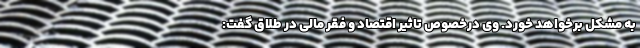
به مشکل برخواهد خورد. وی درخصوص تاثیر اقتصاد و فقر مالی در طلاق گفت: